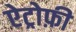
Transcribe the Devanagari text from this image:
ऐट्रोफ़ी